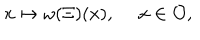
x \mapsto \omega ( \Xi ) ( x ) , \quad \ x \in { \cal O } ,